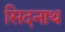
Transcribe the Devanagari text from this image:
सिदनाथ